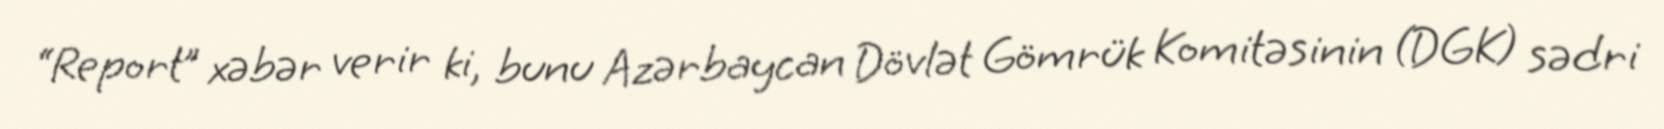
“Report” xəbər verir ki, bunu Azərbaycan Dövlət Gömrük Komitəsinin (DGK) sədri